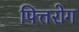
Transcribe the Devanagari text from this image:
पित्तरोग